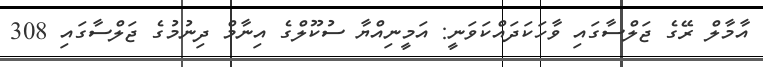
އާމާލް ރޭގެ ޖަލްސާގައި ވާހަކަދައްކަވަނީ: އަމީނިއްޔާ ސުކޫލްގެ އިނާމް ދިނުމުގެ ޖަލްސާގައި 308